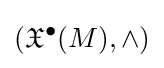
({\mathfrak {X}}^{\bullet }(M),\wedge )